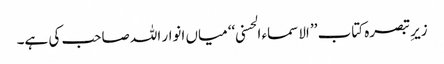
زیرِ تبصرہ کتاب ’’ الاسماء الحسنی ‘‘ میاں انوار اللہ صاحب کی ہے۔